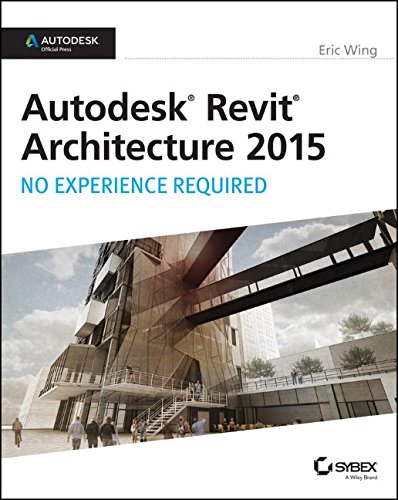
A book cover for Autodesk Revit Architecture 2015: No Experience Required: Autodesk Official Press; Eric Wing; Engineering & Transportation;